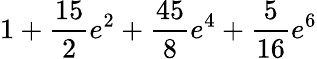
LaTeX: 1+\frac{15}{2}e^{2}+\frac{45}{8}e^{4}+\frac{5}{16}e^{6}